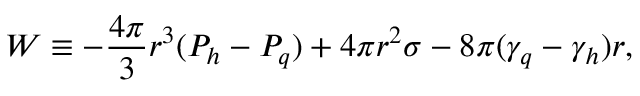
W \equiv - \frac { 4 \pi } { 3 } r ^ { 3 } ( P _ { h } - P _ { q } ) + 4 \pi r ^ { 2 } \sigma - 8 \pi ( \gamma _ { q } - \gamma _ { h } ) r ,